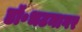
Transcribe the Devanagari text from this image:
डॉ॰भटनागर